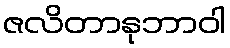
ဇလိတာနုဘာဝါ